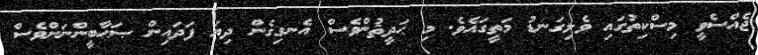
ޖެއްސެވީ މިސްކިތުގައި ވެލިގަނޑު މަތީގައެވެ. މި ޙަދީޘުންވެސް އެނގިގެން ދިޔަ ފަދައިން ޞަޙާބީންނަށްވެސް